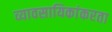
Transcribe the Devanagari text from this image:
व्यावसायिकांकरता